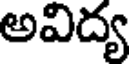
అవిద్య